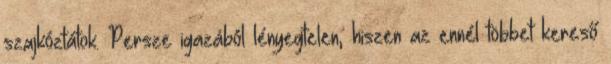
szajkóztátok. Persze igazából lényegtelen, hiszen az ennél többet kereső